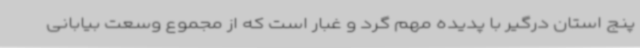
پنج استان درگیر با پدیده مهم گرد و غبار است که از مجموع وسعت بیابانی